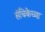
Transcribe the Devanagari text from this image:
संचिकेच्या